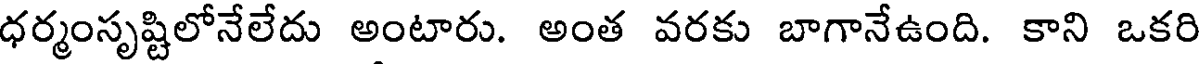
ధర్మంసృష్టిలోనేలేదు అంటారు. అంత వరకు బాగానేఉంది. కాని ఒకరి